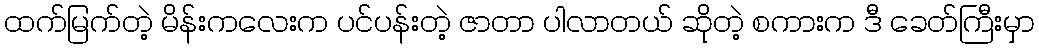
ထက်မြက်တဲ့ မိန်းကလေးက ပင်ပန်းတဲ့ ဇာတာ ပါလာတယ် ဆိုတဲ့ စကားက ဒီ ခေတ်ကြီးမှာ